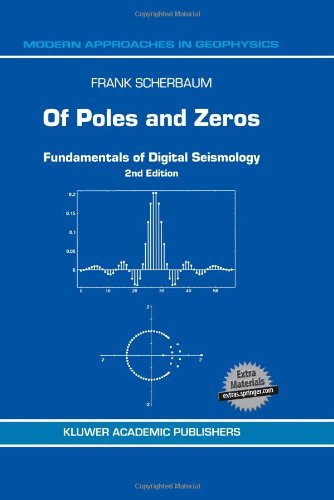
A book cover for Of Poles and Zeros: Fundamentals of Digital Seismology (Modern Approaches in Geophysics); Frank Scherbaum; Science & Math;